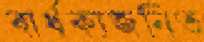
বার্ধক্যজনিত